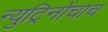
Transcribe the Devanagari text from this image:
न्युट्रिनोंचाच